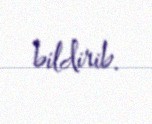
bildirib.